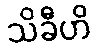
သိခီဟိ